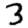
Digit: 3